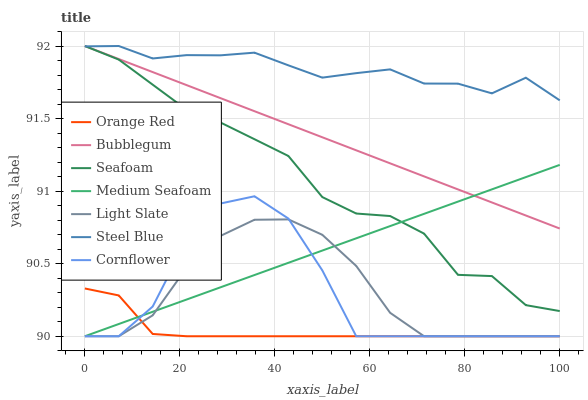
| xaxis_label | Orange Red | Bubblegum | Seafoam | Medium Seafoam | Light Slate | Steel Blue | Cornflower |
 | --- | --- | --- | --- | --- | --- | --- | --- |
 | 0 | 90.3 | 92 | 92 | 90 | 90 | 92 | 90 |
 | 7.14 | 90.3 | 91.9 | 91.9 | 90.1 | 90 | 92 | 90 |
 | 14.3 | 90 | 91.8 | 91.7 | 90.2 | 90.1 | 91.9 | 90.2 |
 | 21.4 | 90 | 91.7 | 91.6 | 90.3 | 90.5 | 91.9 | 90.7 |
 | 28.6 | 90 | 91.6 | 91.5 | 90.3 | 90.7 | 91.9 | 90.9 |
 | 35.7 | 90 | 91.6 | 91.4 | 90.4 | 90.8 | 92 | 91 |
 | 42.9 | 90 | 91.5 | 91.2 | 90.5 | 90.8 | 91.9 | 90.8 |
 | 50 | 90 | 91.4 | 91 | 90.6 | 90.7 | 91.8 | 90.5 |
 | 57.1 | 90 | 91.3 | 90.8 | 90.7 | 90.5 | 91.8 | 90 |
 | 64.3 | 90 | 91.2 | 90.8 | 90.8 | 90.2 | 91.8 | 90 |
 | 71.4 | 90 | 91.1 | 90.7 | 90.8 | 90 | 91.7 | 90 |
 | 78.6 | 90 | 91 | 90.4 | 90.9 | 90 | 91.7 | 90 |
 | 85.7 | 90 | 90.9 | 90.4 | 91 | 90 | 91.7 | 90 |
 | 92.9 | 90 | 90.8 | 90.2 | 91.1 | 90 | 91.8 | 90 |
 | 100 | 90 | 90.7 | 90.2 | 91.2 | 90 | 91.6 | 90 |